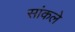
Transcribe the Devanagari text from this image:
सांकले